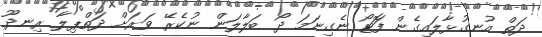
ދަތް އުނގުޅާލައިގެން ފޮަޓޯ ނެގިނަމަ ދޯ ބަލާލަން ނުކެރޭ ވަރަށް ދަތްޕިލާ ރިނދޫ